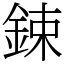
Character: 鋉